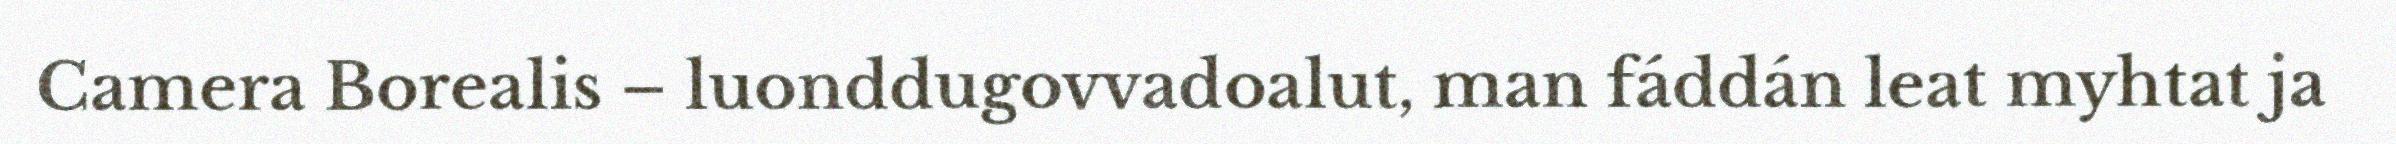
Camera Borealis – luonddugovvadoalut, man fáddán leat myhtat ja